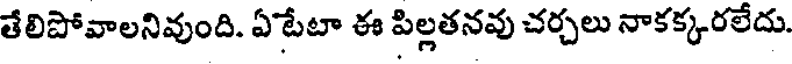
తేలిపోవాలనివుంది. ఏటేటా ఈ పిల్లతనవు చర్చలు నాకక్కరలేదు.